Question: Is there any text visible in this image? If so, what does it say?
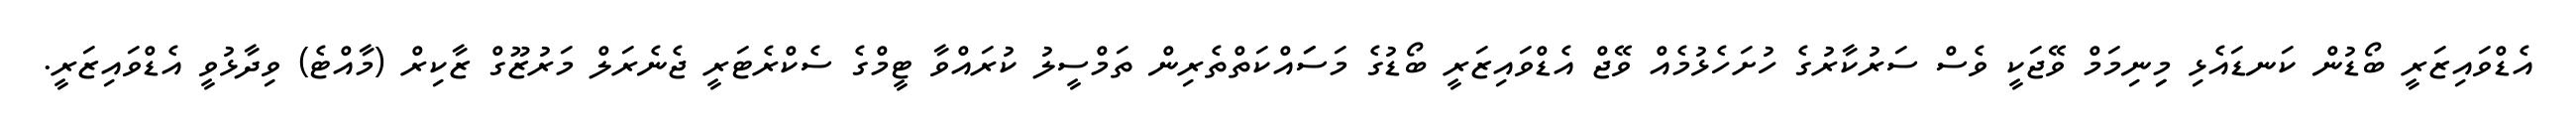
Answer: އެޑްވައިޒަރީ ބޯޑުން ކަނޑައެޅި މިިނިމަމް ވޭޖަކީ ވެސް ސަރުކާރުގެ ހުށަހެޅުމެއް ވޭޖް އެޑްވައިޒަރީ ބޯޑުގެ މަސަައްކަތްތެރިން ތަމްސީލު ކުރައްވާ ޓީމްގެ ސެކްރެޓަރީ ޖެނެރަލް މަރުޒޫގް ޒާކިރް (މާއްޓެ) ވިދާޅުވީ އެޑްވައިޒަރީ.